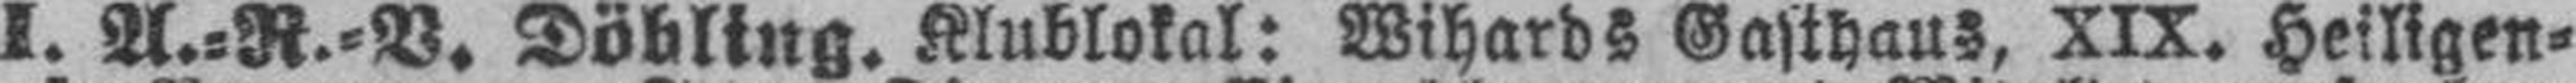
I. A.=R.=V. Döbling. Klublokal: Wihards Gasthaus, XIX. Heiligen¬